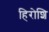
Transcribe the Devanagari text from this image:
हिरोशि